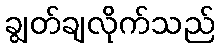
ချွတ်ချလိုက်သည်